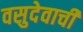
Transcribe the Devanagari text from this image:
वसुदेवाची